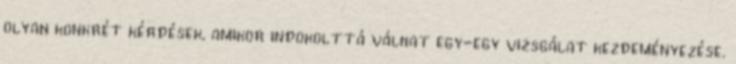
olyan konkrét kérdések, amikor indokolttá válhat egy-egy vizsgálat kezdeményezése.